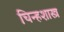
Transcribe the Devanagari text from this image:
चिन्हशास्त्र